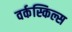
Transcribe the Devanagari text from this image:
वर्कस्किल्स